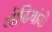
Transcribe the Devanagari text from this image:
ओढियांबो